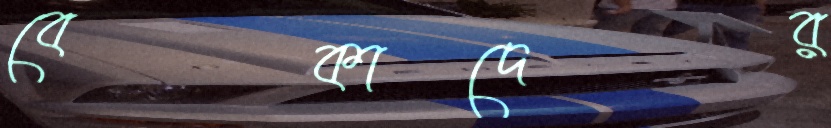
বেকাদের